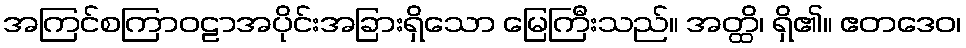
အကြင်စကြာဝဠာအပိုင်းအခြားရှိသော မြေကြီးသည်။ အတ္ထိ၊ ရှိ၏။ ဧတဒေဝ၊